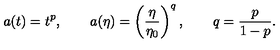
a ( t ) = t ^ { p } , \qquad a ( \eta ) = \left( \frac { \eta } { \eta _ { 0 } } \right) ^ { q } , \qquad q = \frac { p } { 1 - p } .